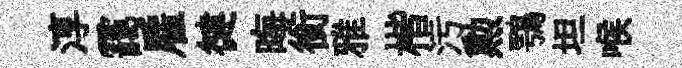
淳靄雇徤晦銜雅楷污勲鶚坦喉